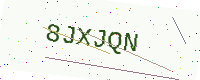
Text: 8JXJQN